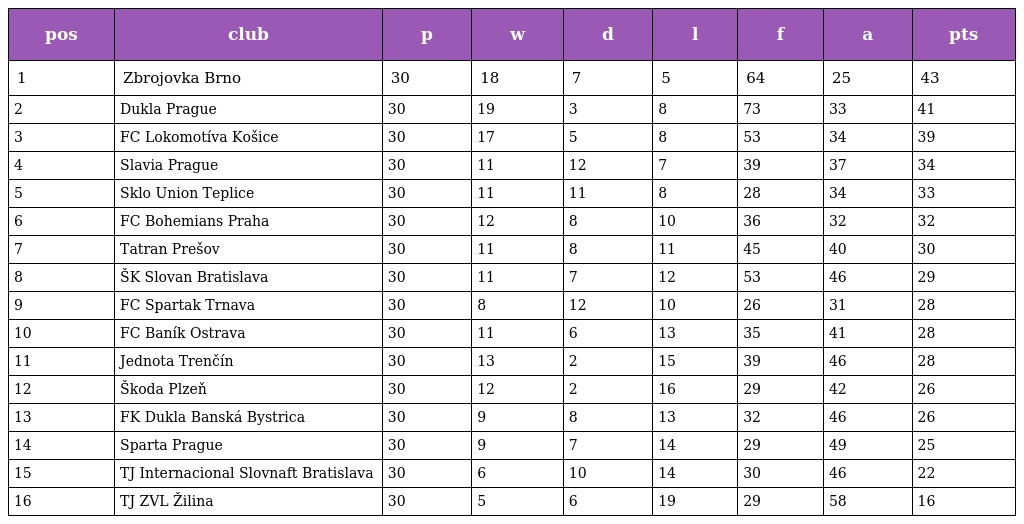
| pos | club | p | w | d | l | f | a | pts |
 | --- | --- | --- | --- | --- | --- | --- | --- | --- |
 | 1 | Zbrojovka Brno | 30 | 18 | 7 | 5 | 64 | 25 | 43 |
 | 2 | Dukla Prague | 30 | 19 | 3 | 8 | 73 | 33 | 41 |
 | 3 | FC Lokomotíva Košice | 30 | 17 | 5 | 8 | 53 | 34 | 39 |
 | 4 | Slavia Prague | 30 | 11 | 12 | 7 | 39 | 37 | 34 |
 | 5 | Sklo Union Teplice | 30 | 11 | 11 | 8 | 28 | 34 | 33 |
 | 6 | FC Bohemians Praha | 30 | 12 | 8 | 10 | 36 | 32 | 32 |
 | 7 | Tatran Prešov | 30 | 11 | 8 | 11 | 45 | 40 | 30 |
 | 8 | ŠK Slovan Bratislava | 30 | 11 | 7 | 12 | 53 | 46 | 29 |
 | 9 | FC Spartak Trnava | 30 | 8 | 12 | 10 | 26 | 31 | 28 |
 | 10 | FC Baník Ostrava | 30 | 11 | 6 | 13 | 35 | 41 | 28 |
 | 11 | Jednota Trenčín | 30 | 13 | 2 | 15 | 39 | 46 | 28 |
 | 12 | Škoda Plzeň | 30 | 12 | 2 | 16 | 29 | 42 | 26 |
 | 13 | FK Dukla Banská Bystrica | 30 | 9 | 8 | 13 | 32 | 46 | 26 |
 | 14 | Sparta Prague | 30 | 9 | 7 | 14 | 29 | 49 | 25 |
 | 15 | TJ Internacional Slovnaft Bratislava | 30 | 6 | 10 | 14 | 30 | 46 | 22 |
 | 16 | TJ ZVL Žilina | 30 | 5 | 6 | 19 | 29 | 58 | 16 |